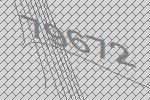
79672